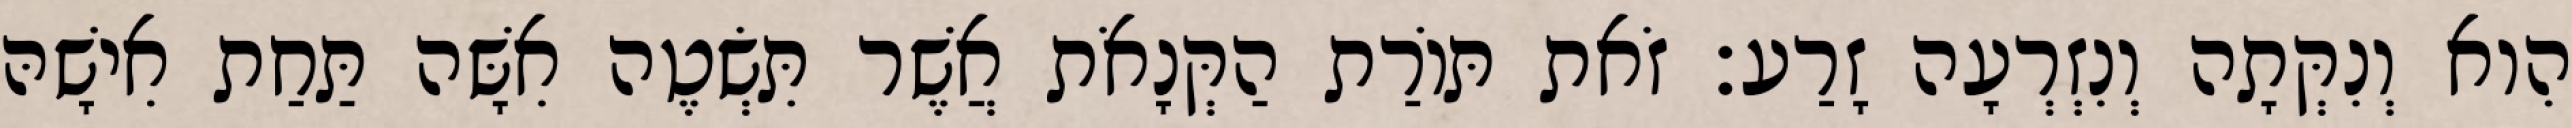
הִוא וְנִקְּתָה וְנִזְרְעָה זָרַע׃ זֹאת תּוֹרַת הַקְּנָאֹת אֲשֶׁר תִּשְׂטֶה אִשָּׁה תַּחַת אִישָׁהּ